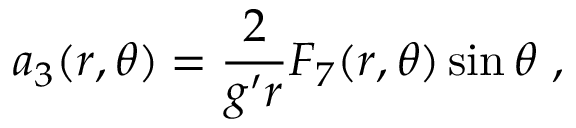
a _ { 3 } ( r , \theta ) = { \frac { 2 } { g ^ { \prime } r } } F _ { 7 } ( r , \theta ) \sin \theta \ ,